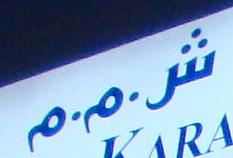
شر . م . م